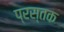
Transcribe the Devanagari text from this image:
प्रस्तक